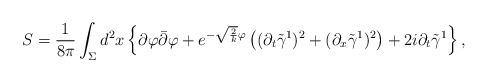
LaTeX: \begin{align*}S=\frac{1}{8\pi}\int_{\Sigma}d^2x\left\{ \partial\varphi\bar{\partial}\varphi +e^{-\sqrt{\frac{2}{k}}\varphi}\left((\partial_t \tilde{\gamma}^1)^2+ (\partial_x \tilde{\gamma}^1)^2 \right) + 2i \partial_t \tilde{\gamma}^1 \right\} ,\end{align*}